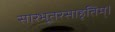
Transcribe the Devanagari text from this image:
सारभूतरसाहृतिम्।